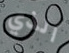
الذي